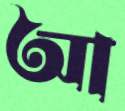
আ